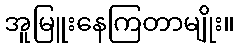
အူမြူးနေကြတာမျိုး။